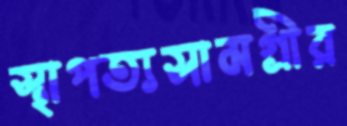
স্থাপত্যসামগ্রীর